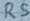
Text: RS